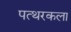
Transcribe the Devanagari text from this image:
पत्थरकला